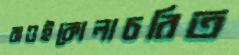
বাওইকোলাচরিত